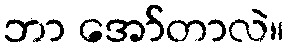
ဘာ အော်တာလဲ။